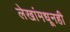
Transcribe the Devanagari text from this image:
लेखांमधूनही